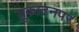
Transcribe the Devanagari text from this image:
युकाटनपर